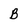
Character: B